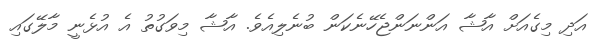
އަދި މިގެއަށް އާޝާ އަންނަންޖެހޭނެކަން ބުނެލިއެވެ. އާޝާ މިވަގުތު އެ އުޅެނީ މާލޭގައި